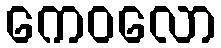
ကေဝလော